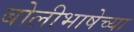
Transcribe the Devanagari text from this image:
बोलीभाषेच्या